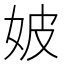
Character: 𡛡